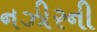
નઝીરની